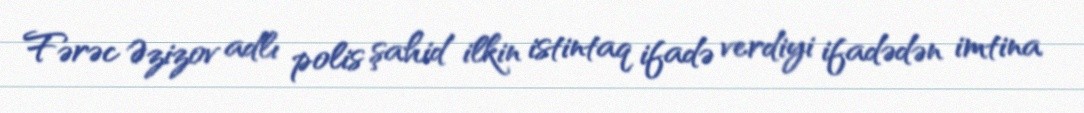
Fərəc Əzizov adlı polis şahid ilkin istintaq ifadə verdiyi ifadədən imtina